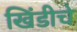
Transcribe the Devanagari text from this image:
खिंडीचे